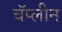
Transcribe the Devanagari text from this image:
चॅप्लीन